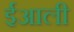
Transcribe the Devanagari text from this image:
ईआली